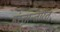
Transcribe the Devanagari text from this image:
हंस्तान्तरित